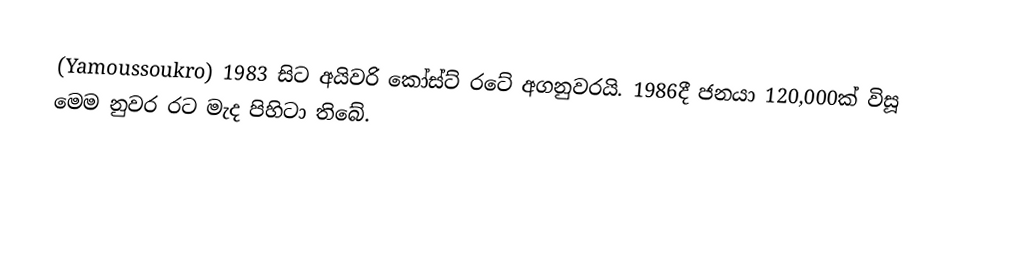
(Yamoussoukro) 1983 සිට අයිවරි කෝස්ට් රටේ අගනුවරයි. 1986දී ජනයා 120,000ක් විසූ මෙම නුවර රට මැද පිහිටා තිබේ.